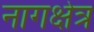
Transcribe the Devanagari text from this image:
नागक्षेत्र